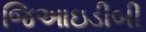
જિઆઇડીબી